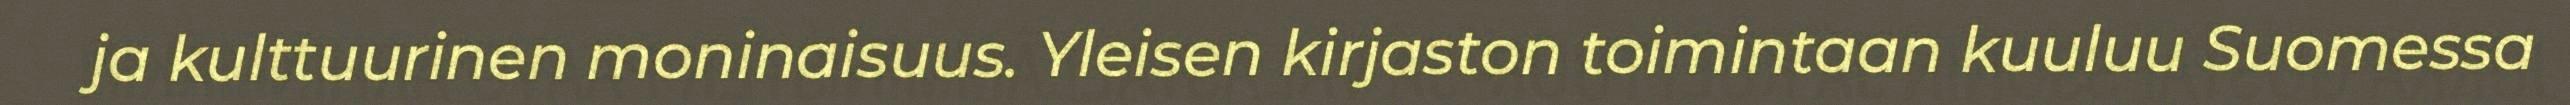
ja kulttuurinen moninaisuus. Yleisen kirjaston toimintaan kuuluu Suomessa